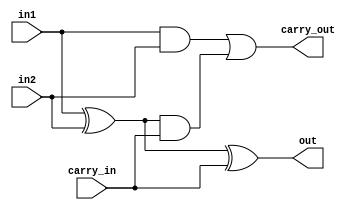
module fulladr_1bit (in1, in2, carry_in, carry_out, out);

input in1, in2, carry_in;
output carry_out, out;

assign out = in1 ^ in2 ^ carry_in;
assign carry_out = (in1 & in2) | ((in1 ^ in2) & carry_in);

endmodule